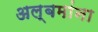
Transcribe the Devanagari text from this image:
अल्बमांना